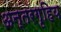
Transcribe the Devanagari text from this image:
अन्तरगृहिय